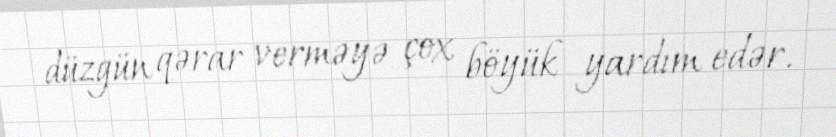
düzgün qərar verməyə çox böyük yardım edər.